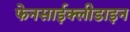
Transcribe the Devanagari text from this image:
फेनसाईक्लीडाइन